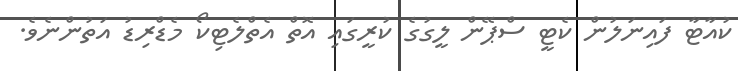
ކުއާޓާ ފައިނަލުން ކެޓީ ސްޕޭން ލީގުގެ ކުރީގައި އޮތް އެތްލެޓިކޯ މެޑްރިޑު އަތުންނެވެ.